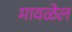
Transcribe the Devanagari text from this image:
मावळेल